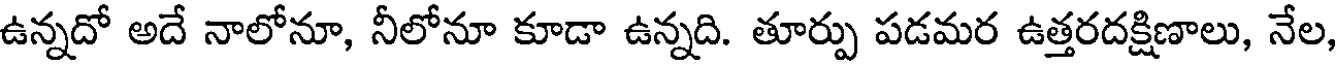
ఉన్నదో అదే నాలోనూ, నీలోనూ కూడా ఉన్నది. తూర్పు పడమర ఉత్తరదక్షిణాలు, నేల,